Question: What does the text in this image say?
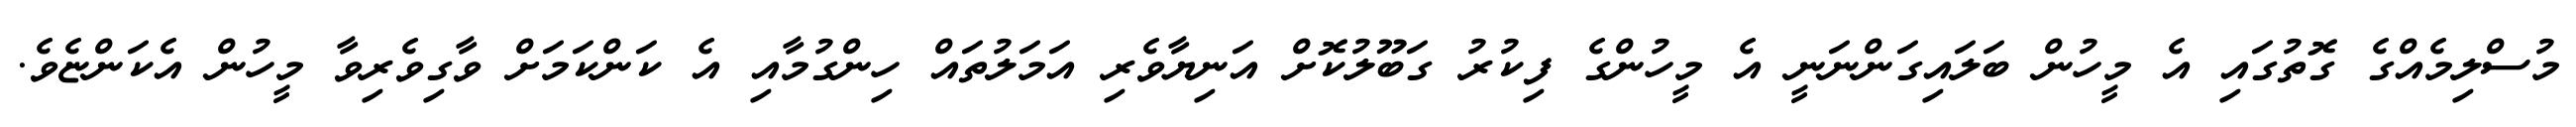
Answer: މުސްލިމެއްގެ ގޮތުގައި އެ މީހުން ބަލައިގަންނަނީ އެ މީހުންގެ ފިކުރު ގަބޫލުކޮށް އަނިޔާވެރި އަމަލުތައް ހިންގުމާއި އެ ކަންކަމަށް ވާގިވެރިވާ މީހުން އެކަންޏެވެ.